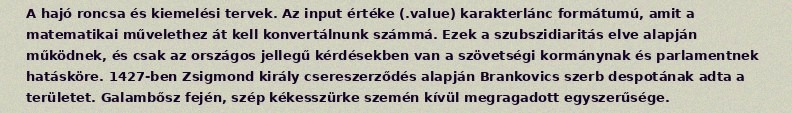
A hajó roncsa és kiemelési tervek. Az input értéke (.value) karakterlánc formátumú, amit a matematikai művelethez át kell konvertálnunk számmá. Ezek a szubszidiaritás elve alapján működnek, és csak az országos jellegű kérdésekben van a szövetségi kormánynak és parlamentnek hatásköre. 1427-ben Zsigmond király csereszerződés alapján Brankovics szerb despotának adta a területet. Galambősz fején, szép kékesszürke szemén kívül megragadott egyszerűsége.